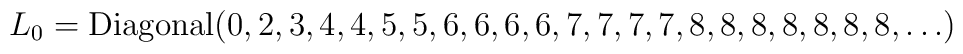
L_0=\mbox{Diagonal}(0,2, 3, 4, 4, 5, 5, 6, 6, 6, 6, 7, 7, 7, 7, 8, 8, 8, 8, 8, 8, 8,\ldots )